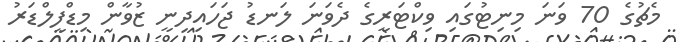
މެޗުގެ 70 ވަނަ މިނިޓުގައި ވިކްޓަރީގެ ދެވަނަ ލަނޑު ޖަހައިދިނީ ޒުވާން މިޑްފީލްޑަރު